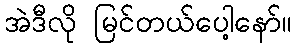
အဲဒီလို မြင်တယ်ပေါ့နော်။